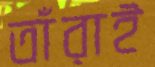
তাঁরাই